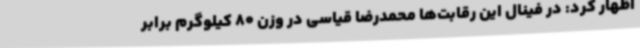
اظهار کرد: در فینال این رقابت‌ها محمدرضا قیاسی در وزن 80 کیلوگرم برابر